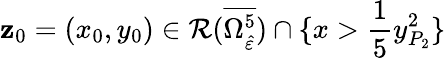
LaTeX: \mathbf{z}_{0}=(x_{0},y_{0})\in\mathcal{{R}}(\overline{{{\Omega_{\hat{{\varepsilon}}}^{5}}}})\cap\{ x>\frac{{1}}{{5}}y_{P_{2}}^{2}\}